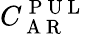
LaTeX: C_{\mathrm{~A~R~}}^{\mathrm{~P~U~L~}}